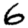
Digit: 6